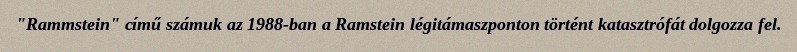
"Rammstein" című számuk az 1988-ban a Ramstein légitámaszponton történt katasztrófát dolgozza fel.